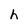
Character: h